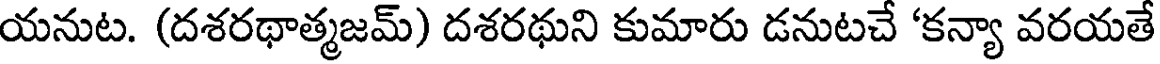
యనుట. (దశరథాత్మజమ్) దశరథుని కుమారు డనుటచే 'కన్యా వరయతే